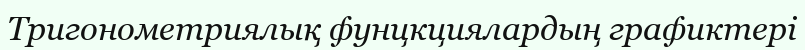
Тригонометриялық фунцкциялардың графиктері